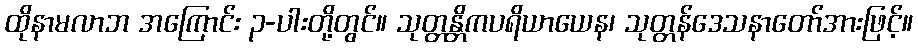
ထိုနာမလာဘ အကြောင်း ၃-ပါးတို့တွင်။ သုတ္တန္တိကပရိယာယေန၊ သုတ္တန်ဒေသနာတော်အားဖြင့်။